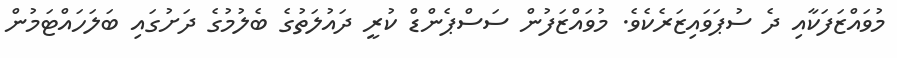
މުވައްޒަފަކާއި ދެ ސުޕަވައިޒަރެކެވެ. މުވައްޒަފުން ސަސްޕެންޑް ކުރީ ދައުލަތުގެ ބެލުމުގެ ދަށުގައި ބަލަހައްޓަމުން